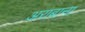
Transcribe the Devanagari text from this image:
अराबाना